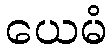
ယေမံ